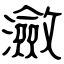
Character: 瀲